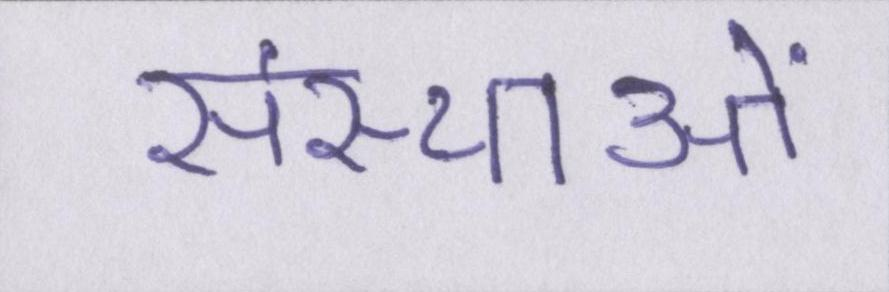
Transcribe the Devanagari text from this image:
संस्थाओं